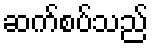
ဆက်စပ်သည်